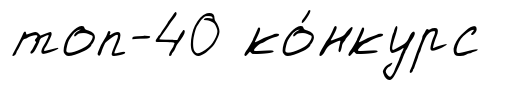
топ-40 ко́нкурс